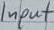
Text: Input